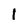
Character: l